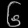
Digit: ၆